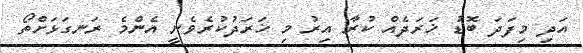
އަދި މިފަދަ ބޮޑު ޚަރަދެއް ކުރާ އިރު މި ޚަރަދުކުރެވެނީ އެންމެ ރަނގަޅަށްތޯ